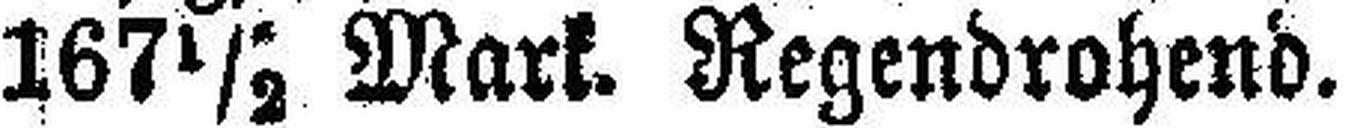
I67½ Mark. Regendrohend.